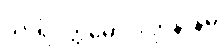
သာရိပုတ္တမောဂ္ဂလ္လာနာနမ္ပိ